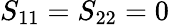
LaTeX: S_{11}=S_{22}=0